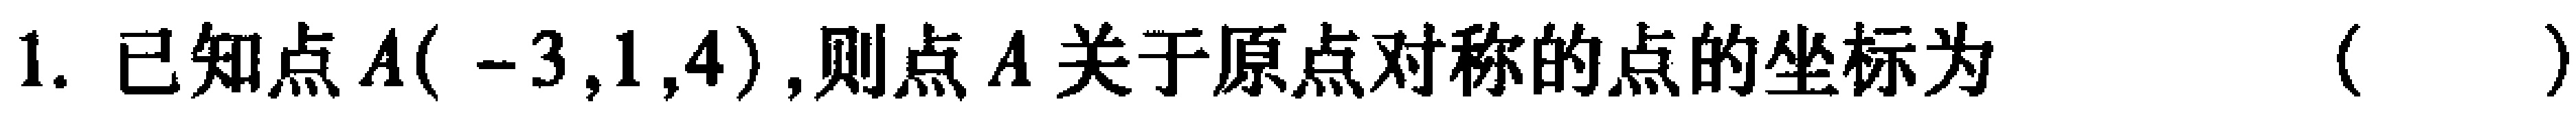
1. 已知点$A(-3,1,4)$,则点$A$关于原点对称的点的坐标为 （  ）